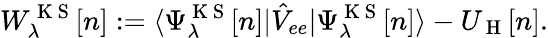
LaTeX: W_{\lambda}^{\mathrm{~K~S~}}[n]:=\langle\Psi_{\lambda}^{\mathrm{~K~S~}}[n]|\hat{V}_{ee}|\Psi_{\lambda}^{\mathrm{~K~S~}}[n]\rangle-U_{\mathrm{~H~}}[n].